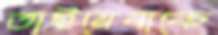
তাইয়েবাকে